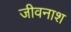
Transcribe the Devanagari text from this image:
जीवनाश